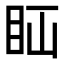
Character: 𥄝